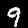
Digit: 9